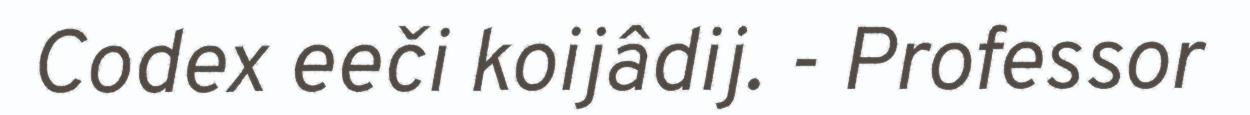
Codex eeči koijâdij. - Professor